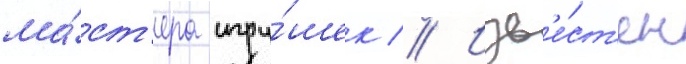
ма́ст'ера игру́шек // Изв'е́ст'ен